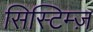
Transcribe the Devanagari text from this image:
सिस्टिम्ज़